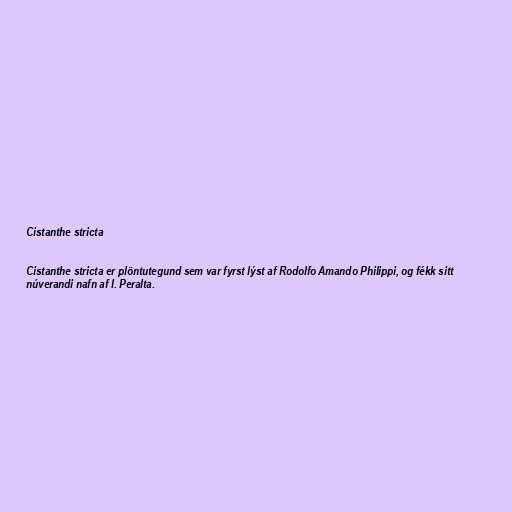
Cistanthe stricta

Cistanthe stricta er plöntutegund sem var fyrst lýst af Rodolfo Amando Philippi, og fékk sitt
núverandi nafn af I. Peralta.